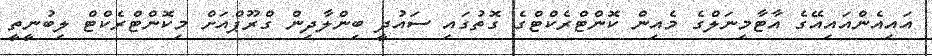
އައިއެންއައިއޭގެ އާޓާމިނަލްގެ މެއިން ކޮންޓްރެކްޓްގެ ގޮތުގައި ސައުދީ ބިންލާދިން ގްރޫޕްއަށް މިކޮންޓްރެކްޓް ލިބުނީތީ